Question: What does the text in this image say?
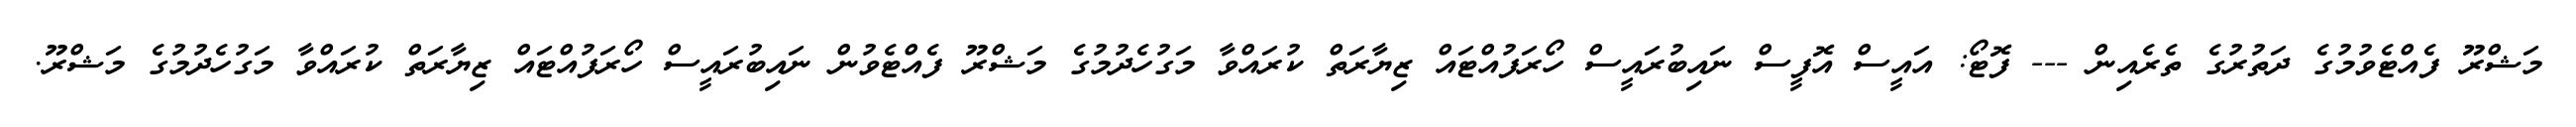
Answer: މަޝްރޫ ފެއްޓެވުމުގެ ދަތުރުގެ ތެރެއިން --- ފޮޓޯ: އައީސް އޮފީސް ނައިބުރައީސް ހޯރަފުއްޓައް ޒިޔާރަތް ކުރައްވާ މަގުހެދުމުގެ މަޝްރޫ ފެއްޓެވުން ނައިބުރައީސް ހޯރަފުއްޓައް ޒިޔާރަތް ކުރައްވާ މަގުހެދުމުގެ މަޝްރޫ.